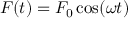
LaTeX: F ( t ) = F _ { 0 } \cos ( \omega t )